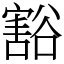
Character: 豁